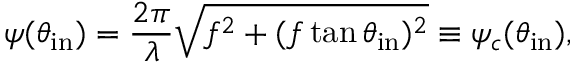
\psi ( \theta _ { \mathrm { i n } } ) = \frac { 2 \pi } { \lambda } \sqrt { f ^ { 2 } + ( f \tan { \theta _ { \mathrm { i n } } } ) ^ { 2 } } \equiv \psi _ { c } ( \theta _ { \mathrm { i n } } ) ,